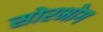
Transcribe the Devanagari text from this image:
सोरभोग